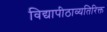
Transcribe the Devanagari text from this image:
विद्यापीठाव्यतिरिक्त